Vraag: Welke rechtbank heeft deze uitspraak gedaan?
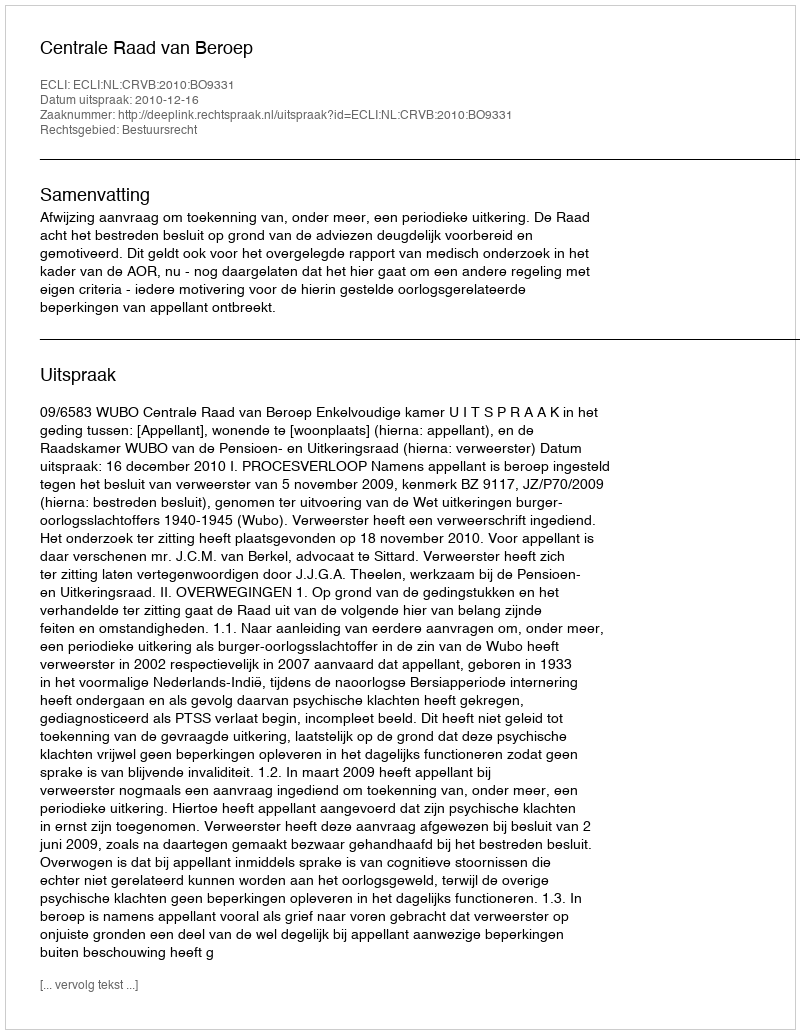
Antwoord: Centrale Raad van Beroep